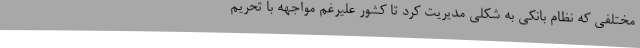
مختلفی که نظام بانکی به شکلی مدیریت کرد تا کشور علیرغم مواجهه با تحریم